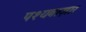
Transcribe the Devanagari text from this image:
पश्यबाज़ार